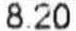
8.20